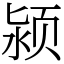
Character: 颍